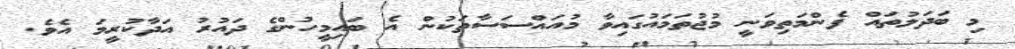
މި ބަދަލުތައް ފެންމަތިވަނީ މުޖުތަމައުގައިވާ މުއައްސަސާތަކުން އެ ބައިމީހުންގެ ދައުރު އަދާކުރީމަ އެވެ.